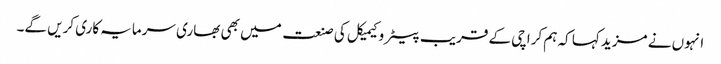
انہوں نے مزید کہا کہ ہم کراچی کے قریب پیٹرو کیمیکل کی صنعت میں بھی بھاری سرمایہ کاری کریں گے۔